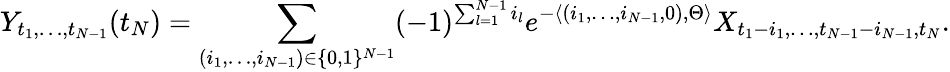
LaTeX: Y_{t_{1},\dots,t_{N-1}}(t_{N})=\sum_{(i_{1},\dots,i_{N-1})\in\{ 0,1\} ^{N-1}}(-1)^{\sum_{l=1}^{N-1}i_{l}}e^{-\langle(i_{1},\dots,i_{N-1},0),\Theta\rangle}X_{{t_{1}-i_{1}},\dots,t_{N-1}-i_{N-1},{t_{N}}}.